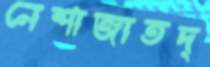
নেশাজাতদ্